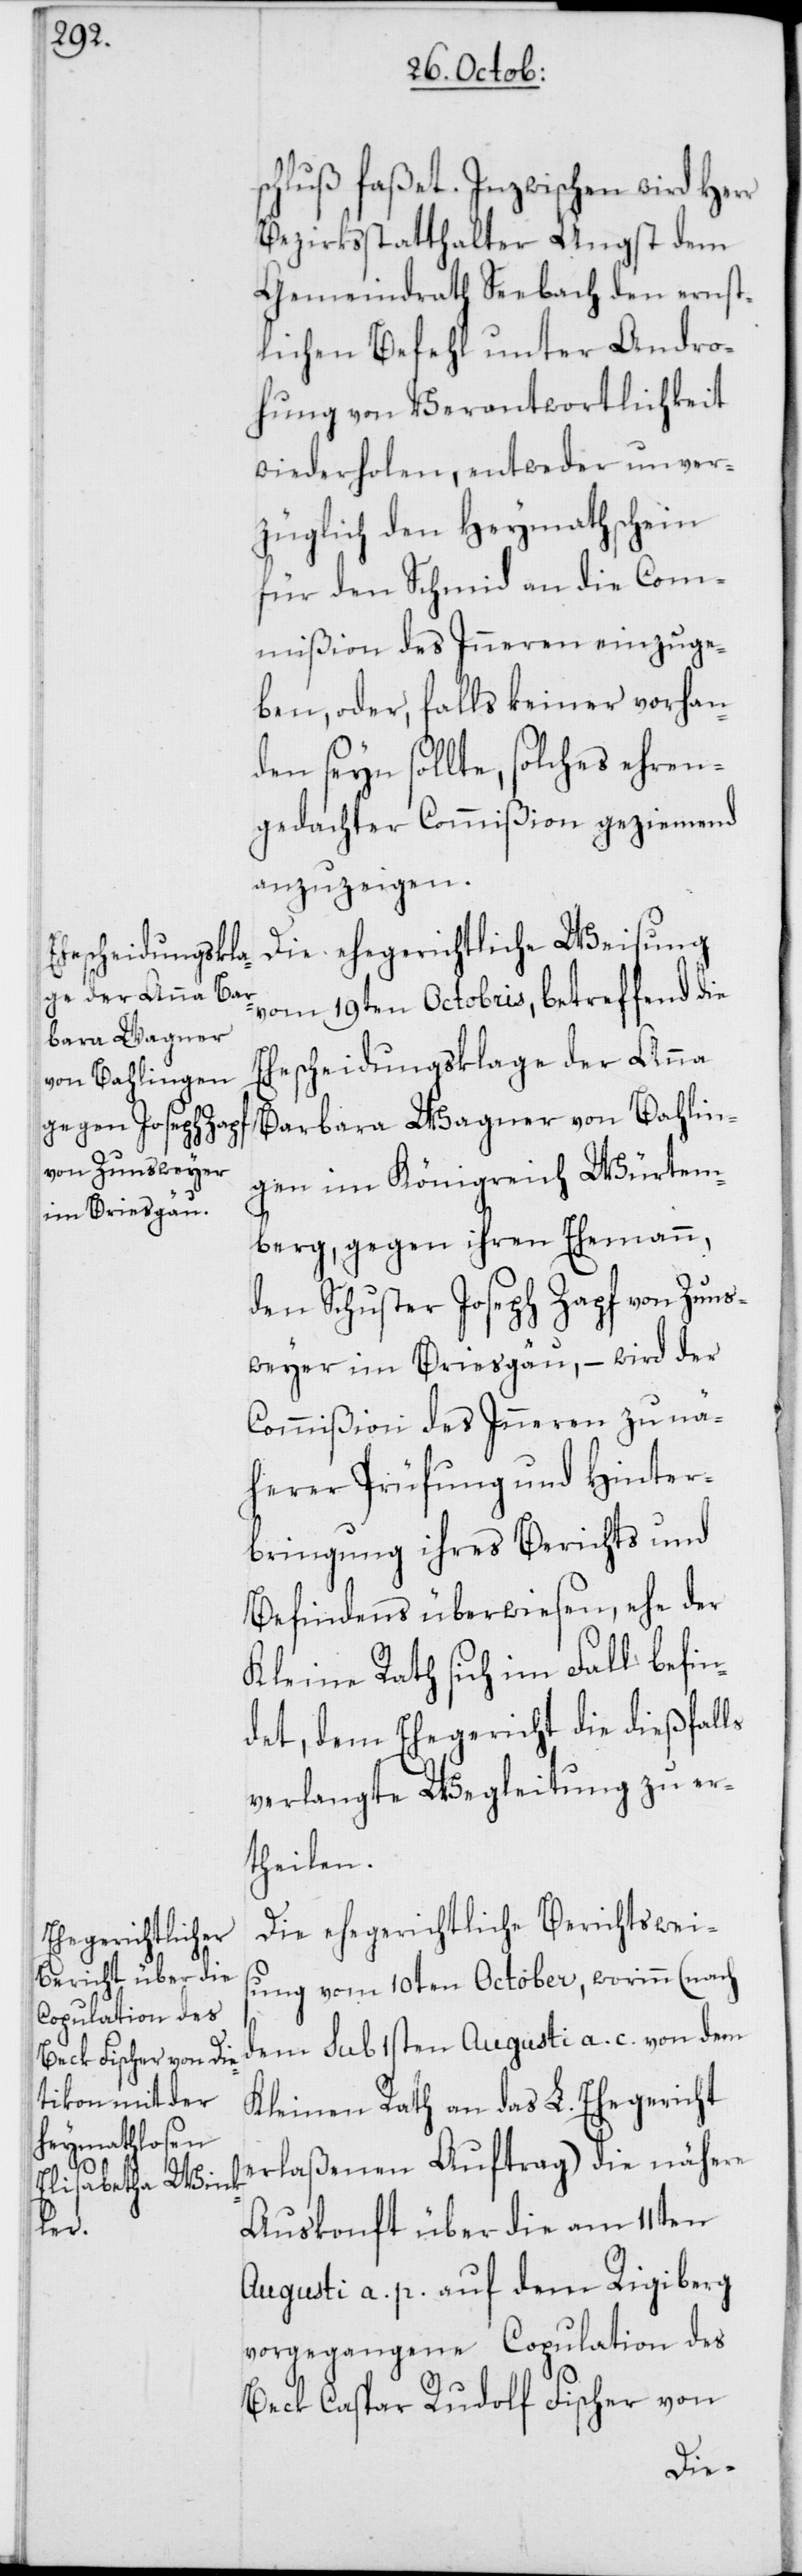
schluß faßet. Inzwischen wird Herr
Bezirksstatthalter Angst dem
Gemeindrath Seebach den ernst¬
lichen Befehl unter Andro¬
hung von Verantwortlichkeit
wiederholen, entweder unver¬
züglich den Heymathschein
für den Schmid an die Com¬
mißion des Inneren einzuge¬
ben, oder, falls keiner vorhan¬
den seyn sollte, solches ehren¬
gedachter Commißion geziemend
anzuzeigen.
Die ehegerichtliche Weisung
vom 19ten Octobris, betreffend die
Ehescheidungsklage der Anna
Barbara Wagner von Bahlin¬
gen im Königreich Würtem¬
berg, gegen ihren Ehemann,
den Schuster Joseph Zapf von Zuns¬
weyer im Briesgau, – wird der
Commißion des Inneren zu nä¬
herer Prüfung und Hinter¬
bringung ihres Berichts und
Befindens überwiesen, ehe der
Kleine Rath sich im Fall befin¬
det, dem Ehegericht die dießfalls
verlangte Wegleitung zu er¬
theilen.
Die ehegerichtliche Berichtsweis¬
ung vom 10ten October, worinn (nach
dem sub 1sten Augusti a. c. von dem
Kleinen Rath an das L. Ehegericht
erlaßenen Auftrag) die nähere
Auskonft über die am 11ten
Augusti a. p. auf dem Rigiberg
vorgegangene Copulation des
Beck Caspar Rudolf Fischer von